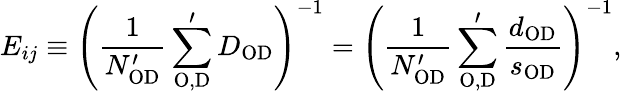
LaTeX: E_{ij}\equiv\left(\frac{1}{N_{\mathrm{OD}}^{\prime}}\sum_{\mathrm{O,D}}^{\prime}D_{\mathrm{OD}}\right)^{-1}=\left(\frac{1}{N_{\mathrm{OD}}^{\prime}}\sum_{\mathrm{O,D}}^{\prime}\frac{d_{\mathrm{OD}}}{s_{\mathrm{OD}}}\right)^{-1},